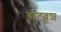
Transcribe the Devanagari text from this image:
बॉटब्रूश